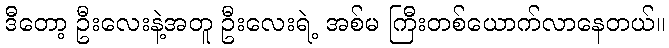
ဒီတော့ ဦးလေးနဲ့အတူ ဦးလေးရဲ့ အစ်မ ကြီးတစ်ယောက်လာနေတယ်။